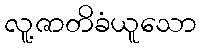
လူ့ဇာတိခံယူသော